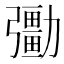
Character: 𠣀